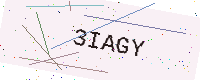
Text: 3IAGY